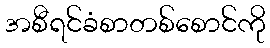
အစီရင်ခံစာတစ်စောင်ကို